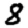
Digit: 8